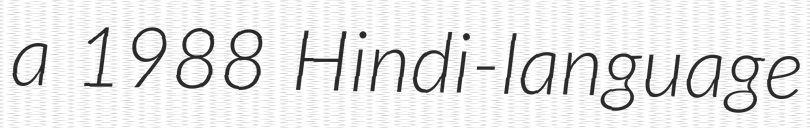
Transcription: a 1988 Hindi-language